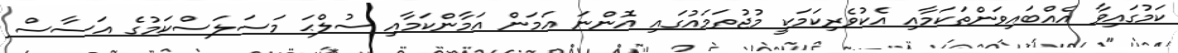
ކަމުގައިވާ އެއްބައިވަންތަކަމާއި އެކުވެރިކަމަކީ މުޖުތަމައުގައި އޮންނަ އަމަން އަމާންކަމާއި ސުލްޙަ މަސަލަސްކަމުގެ އަސާސް